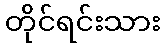
တိုင်ရင်းသား